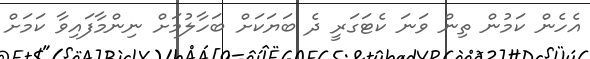
އެހެން ކަމުން ތިން ވަނަ ކެޓަގަރީ ދެ ބަޔަކަށް ބަހާލުމަށް ނިންމާފައިވާ ކަމަށް